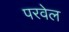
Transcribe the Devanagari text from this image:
परवेल